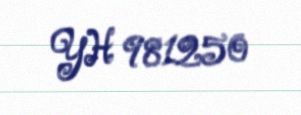
YH 981250